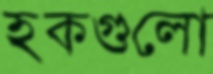
হকগুলো